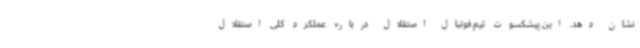
نشان دهد. این پیشکسوت تیم فوتبال استقلال درباره عملکرد کلی استقلال